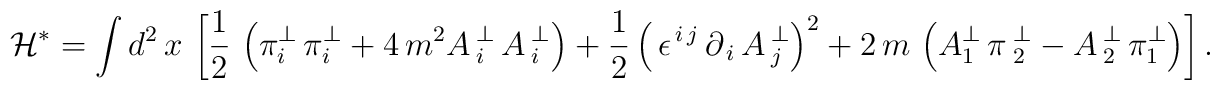
\mathcal{H}^{\ast }=\int d^{2}\,x\,\left[ \frac{1}{2}\,\left( \pi_{i}^{\perp }\,\pi _{i}^{\perp }+4\,m^{2}A\,_{i}^{\perp }\,A\,_{i}^{\perp}\right) +\frac{1}{2}\left( \,\epsilon ^{\,i\,j}\,\partial_{\,i}\,A\,_{j}^{\perp }\right) ^{2}+2\,m\,\left( A_{1}^{\perp }\,\pi\,_{2}^{\perp }-A\,_{2}^{\perp }\,\pi _{1}^{\perp }\right) \right] .